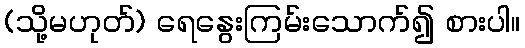
(သို့မဟုတ်) ရေနွေးကြမ်းသောက်၍ စားပါ။